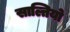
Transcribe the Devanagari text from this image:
साल्तियो